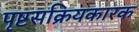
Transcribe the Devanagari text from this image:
पृष्टसक्रियकारक